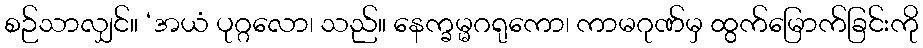
စဉ်သာလျှင်။ ‘အယံ ပုဂ္ဂလော၊ သည်။ နေက္ခမ္မဂရုကော၊ ကာမဂုဏ်မှ ထွက်မြောက်ခြင်းကို